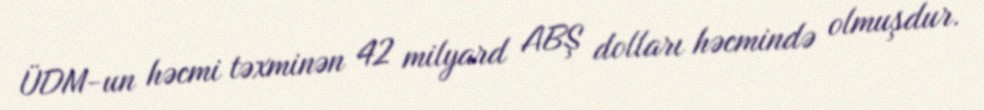
ÜDM-un həcmi təxminən 42 milyard ABŞ dolları həcmində olmuşdur.